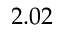
2 . 0 2